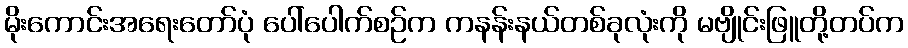
မိုးကောင်းအရေးတော်ပုံ ပေါ်ပေါက်စဉ်က ကနန်းနယ်တစ်ခုလုံးကို မဗျိုင်းဖြူတို့တပ်က